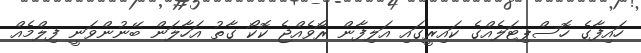
ހައިފާގެ ހޮސްޕިޓަލެއްގެ ކައިރީގައި އަލިފާން ރޯވެއްޖެ ކޮކޯ ގާތު އަހާލަން ބޭނުންވަނީ ފިލްމެއް